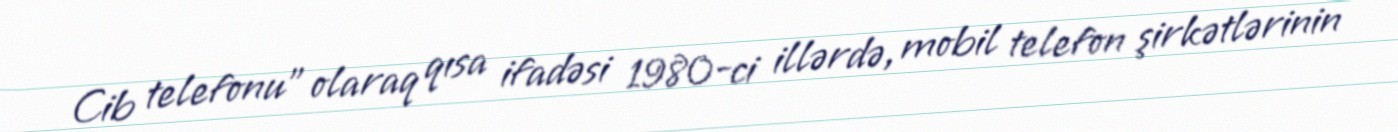
Cib telefonu" olaraq qısa ifadəsi 1980-ci illərdə, mobil telefon şirkətlərinin